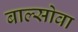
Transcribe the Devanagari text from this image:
बाल्सोवा